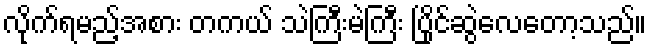
လိုက်ရမည့်အစား တကယ် သဲကြီးမဲကြီး ပြိုင်ဆွဲလေတော့သည်။